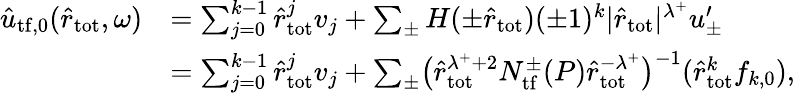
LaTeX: \begin{array}{rl}{\hat{u}_{{\mathrm{tf}},0}(\hat{r}_{\mathrm{tot}},\omega)}&{=\sum_{j=0}^{k-1}\hat{r}_{\mathrm{tot}}^{j}v_{j}+\sum_{\pm}H(\pm\hat{r}_{\mathrm{tot}})(\pm 1)^{k}|\hat{r}_{\mathrm{tot}}|^{\lambda^{+}}u_{\pm}^{\prime}}\\ &{=\sum_{j=0}^{k-1}\hat{r}_{\mathrm{tot}}^{j}v_{j}+\sum_{\pm}\bigl(\hat{r}_{\mathrm{tot}}^{\lambda^{+}+2}N_{\mathrm{tf}}^{\pm}(P)\hat{r}_{\mathrm{tot}}^{-\lambda^{+}}\bigr)^{-1}(\hat{r}_{\mathrm{tot}}^{k}f_{k,0}),}\end{array}